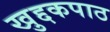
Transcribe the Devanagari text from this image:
खुद्दकपाठ